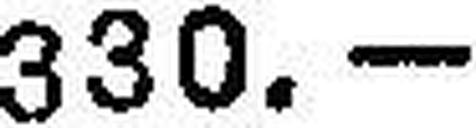
330.—